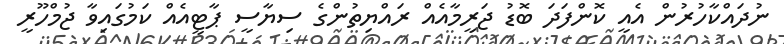
ނުދައްކާހުރުން އެއީ ކޮންފަދަ ބޮޑު ޖަރީމާއެއް ރައްޔިތުންގެ ސިޔާސީ ޕާޓީއެއް ކަމުގައިވާ ޖުމްހޫރީ